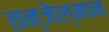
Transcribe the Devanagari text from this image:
तन्जेल्मान